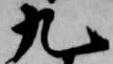
九